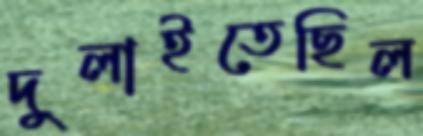
দুলাইতেছিল